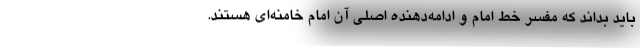
باید بداند که مفسر خط امام و ادامه‌دهنده اصلی آن امام خامنه‌ای هستند.